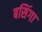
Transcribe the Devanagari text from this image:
बसिंगा